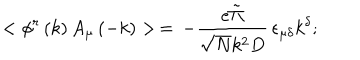
< \phi ^ { r } \left( k \right) A _ { \mu } \left( - k \right) > \, = \, - \frac { e \tilde { \Pi } } { \sqrt { N } k ^ { 2 } D } \, \epsilon _ { \mu \delta } k ^ { \delta } ; \,